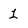
Character: 1